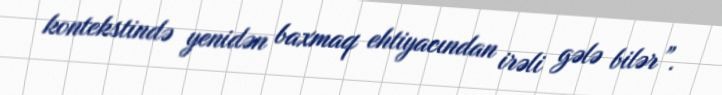
kontekstində yenidən baxmaq ehtiyacından irəli gələ bilər”.